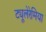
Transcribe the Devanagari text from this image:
ट्यूलेरेमिया